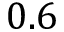
0 . 6